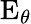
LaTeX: \operatorname{E}_{\theta}